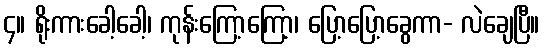
၄။ ရိုးကားခေါ့ခေါ့၊ ကုန်းကြော့ကြော့၊ ပြော့ပြော့ခွေကာ- လဲချေပြီ။